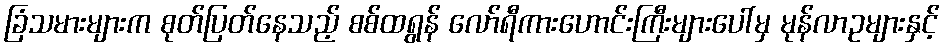
ခြံသမားများက စုတ်ပြတ်နေသည့် စစ်ထရွန် လော်ရီကားဟောင်းကြီးများပေါ်မှ မုန်လာဥများနှင့်